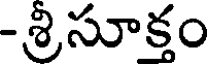
-శ్రిసూక్తం